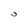
Character: 0